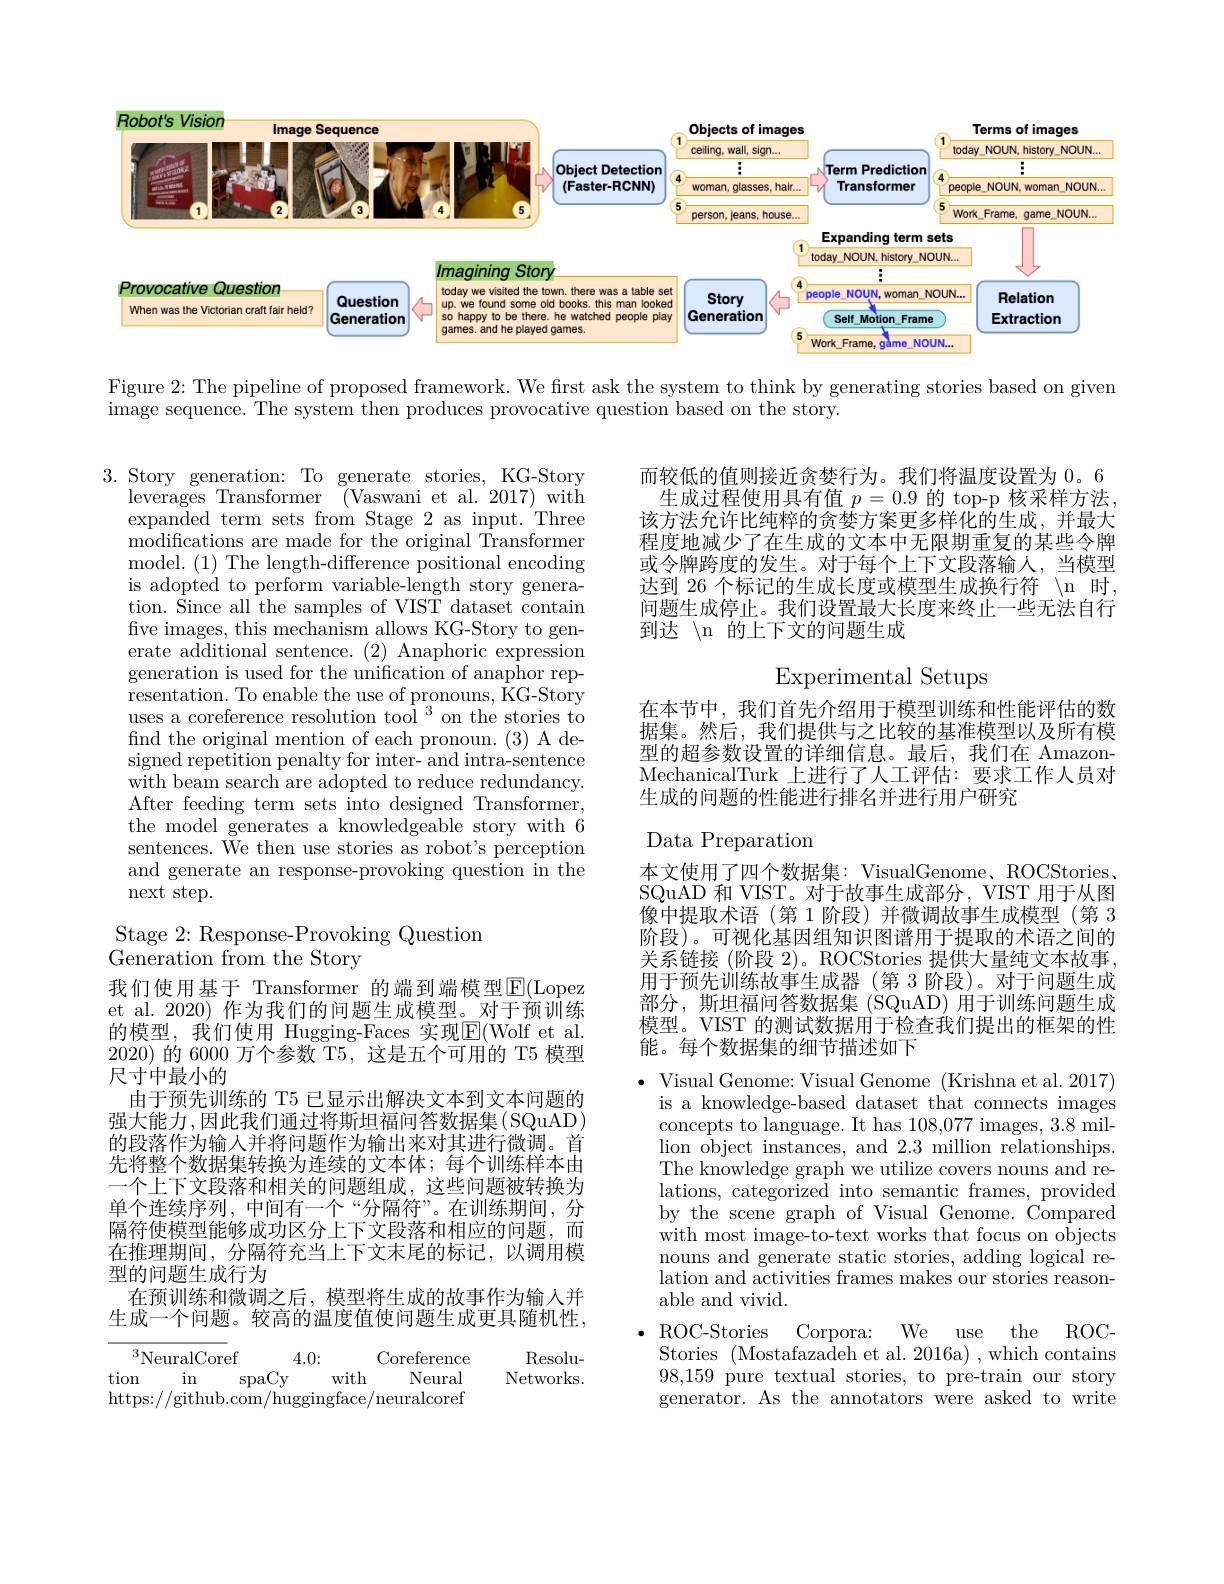
<FigureHere>

Figure 2: The pipeline of proposed framework. We first ask the system to think by generating stories based on given
image sequence. The system then produces provocative question based on the story.

而较低的值则接近贪婪行为。我们将温度设置为 0。6
生成过程使用具有值$p=0.9$的 top-p 核采样方法该方法允许比纯粹的贪婪方案更多样化的生成，并最大程度地减少了在生成的文本中无限期重复的某些令牌或令牌跨度的发生。对于每个上下文段落输人，当模型达到 26 个标记的生成长度或模型生成换行符 \n 时， 问题生成停止。我们设置最大长度来终止一些无法自行到达 / n 的上下文的问题生成

Experimental Setups

3. Story generation: To generate stories, KG-Story
leverages Transformer (Vaswani et al.2017) with expanded term sets from Stage 2 as input. Three modifications are made for the original Transformer model. (1) The length-difference positional encoding is adopted to perform variable-length story generation. $\bar{\text{Since all the samples of VIST dataset contain}}$ five images, this mechanism allows KG-Story to generate additional sentence. (2) Anaphoric expression generation is used for the unification of anaphor representation. To enable the use of pronouns, $\overset{\mathrm{L}}{\operatorname*{\text{KG-Story}}}$ uses a coreference resolution tool $^3$ on the stories to find the original mention of each pronoun. (3) A designed repetition penalty for inter- and intra-sentence with beam search are adopted to reduce redundancy. After feeding term sets into designed Transformer, the model generates a knowledgeable story with 6 sentences. We then use stories as robot's perception and generate an response-provoking question in the next step.

在本节中，我们首先介绍用于模型训练和性能评估的数据集。然后，我们提供与之比较的基准模型以及所有模型的超参数设置的详细信息。最后，我们在 AmazonMechanicalTurk 上进行了人工评估：要求工作人员对生成的问题的性能进行排名并进行用户研究

## Stage 2: Response-Provoking Question Generation from the Story

Data Preparation
本文使用了四个数据集：VisualGenome、ROCStories、 SQuAD 和 VIST。对于故事生成部分，VIST 用于从图像中提取术语(第1阶段)并微调故事生成模型(第 3阶段)。可视化基因组知识图谱用于提取的术语之间的关系链接 (阶段 2)。ROCStories 提供大量纯文本故事， 用于预先训练故事生成器(第 3 阶段)。对于问题生成部分，斯坦福问答数据集(SQuAD)用于训练问题生成模型。VIST 的测试数据用于检查我们提出的框架的性能。每个数据集的细节描述如下

我们使用基于 Transformer 的端到端模型$\operatorname{E}($Lopez et al. 2020) 作为我们的问题生成模型。对于预训练的模型，我们使用 Hugging-Faces 实现E(Wolf et al. 2020)的 6000 万个参数 T5, 这是五个可用的 T5 模型尺寸中最小的
由于预先训练的 T5 已显示出解决文本到文本问题的强大能力，因此我们通过将斯坦福问答数据集(SQuAD) 的段落作为输入并将问题作为输出来对其进行微调。首先将整个数据集转换为连续的文本体；每个训练样本由一个上下文段落和相关的问题组成，这些问题被转换为单个连续序列，中间有一个“分隔符”。在训练期间，分隔符使模型能够成功区分上下文段落和相应的问题，而在推理期间，分隔符充当上下文末尾的标记，以调用模型的问题生成行为
在预训练和微调之后，模型将生成的故事作为输入并生成一个问题。较高的温度值使问题生成更具随机性，

$\bullet$ Visual Genome: Visual Genome (Krishna et al. 2017)
is a knowledge-based dataset that connects images concepts to language. It has 108,077 images, 3.8 million object instances, and 2.3 million relationships. The knowledge graph we utilize covers nouns and relations, categorized into semantic frames, provided by the scene graph of Visual Genome. Compared with most image-to-text works that focus on objects nouns and generate static stories, adding logical relation and activities frames makes our stories reasonable and vivid.

$ROC-$
Stories (Mostafazadeh et al. 2016a) , which contains

Corpora: We use the
ROC-Stories
98,159 pure textual stories, to pre-train our story generator. As the annotators were asked to write

$^3$NeuralCoref
4.0:
Coreference
Resolu-
tion
$\sin$
spaCy
with
Neural
Networks.
https://github.com/huggingface/neuralcoref